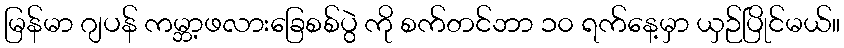
မြန်မာ ဂျပန် ကမ္ဘာ့ဖလားခြေစစ်ပွဲ ကို စက်တင်ဘာ ၁၀ ရက်နေ့မှာ ယှဉ်ပြိုင်မယ်။